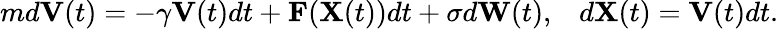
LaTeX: \begin{array}{r}{md\mathbf{V}(t)=-\gamma\mathbf{V}(t)dt+\mathbf{F}(\mathbf{X}(t))dt+\sigma d\mathbf{W}(t),\; \; \; d\mathbf{X}(t)=\mathbf{V}(t)dt.}\end{array}